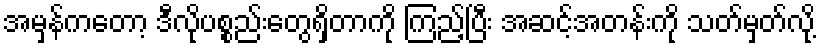
အမှန်ကတော့ ဒီလိုပစ္စည်းတွေရှိတာကို ကြည့်ပြီး အဆင့်အတန်းကို သတ်မှတ်လို့